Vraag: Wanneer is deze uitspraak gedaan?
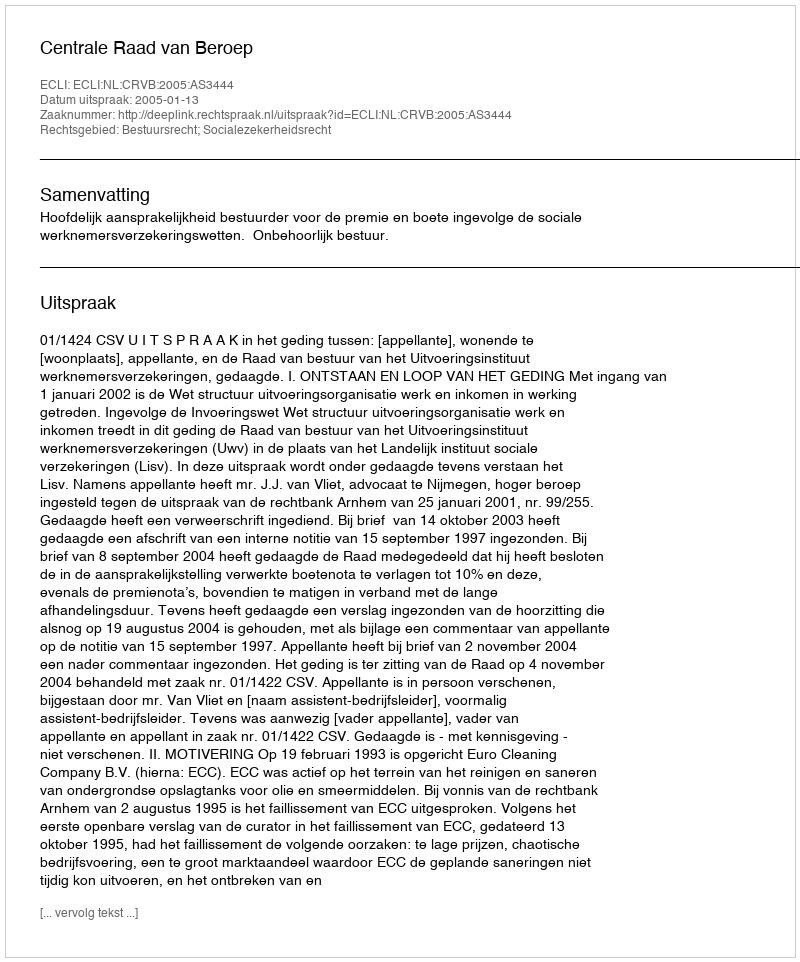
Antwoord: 2005-01-13